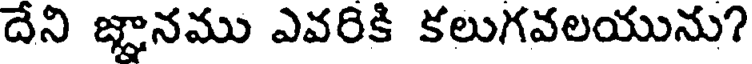
దేని జ్ఞానము ఎవరికి కలుగవలయును?